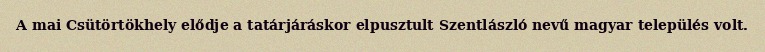
A mai Csütörtökhely elődje a tatárjáráskor elpusztult Szentlászló nevű magyar település volt.